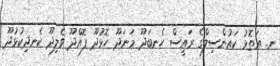
ނ. އަތޮޅު ކައުންސިލްގެ ރައީސް ހެނބަދޫ މަނަދޫ ހޮޅުދޫ ފޮއްދޫ ވެލިދޫ ކެނދިކުޅުދޫ